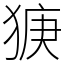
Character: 㹹